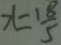
x = \frac { 1 8 } { 5 }